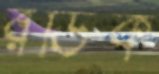
রডিক